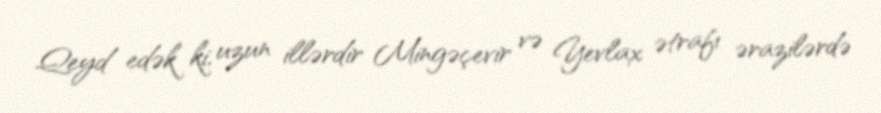
Qeyd edək ki, uzun illərdir Mingəçevir və Yevlax ətrafı ərazilərdə